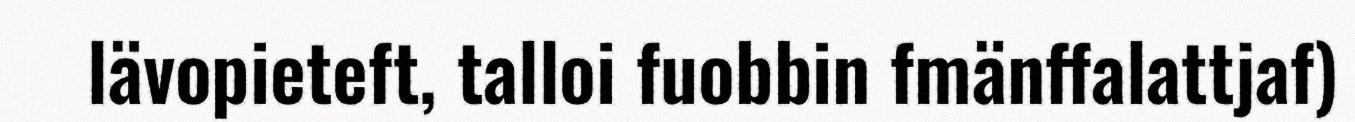
lävopieteft, talloi fuobbin fmänffalattjaf)